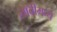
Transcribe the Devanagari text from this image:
लॉबीमध्ये